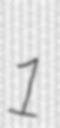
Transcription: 1